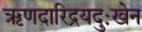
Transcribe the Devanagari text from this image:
ऋणदारिद्रयदुःखेन